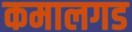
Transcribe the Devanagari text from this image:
कमालगड